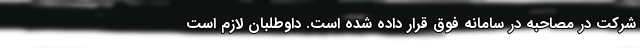
شرکت در مصاحبه در سامانه فوق قرار داده شده است. داوطلبان لازم است